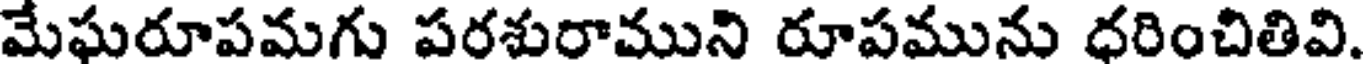
మేఘరూపమగు పరశురాముని రూపమును ధరించితివి.